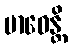
ဗာဓေန္တိ